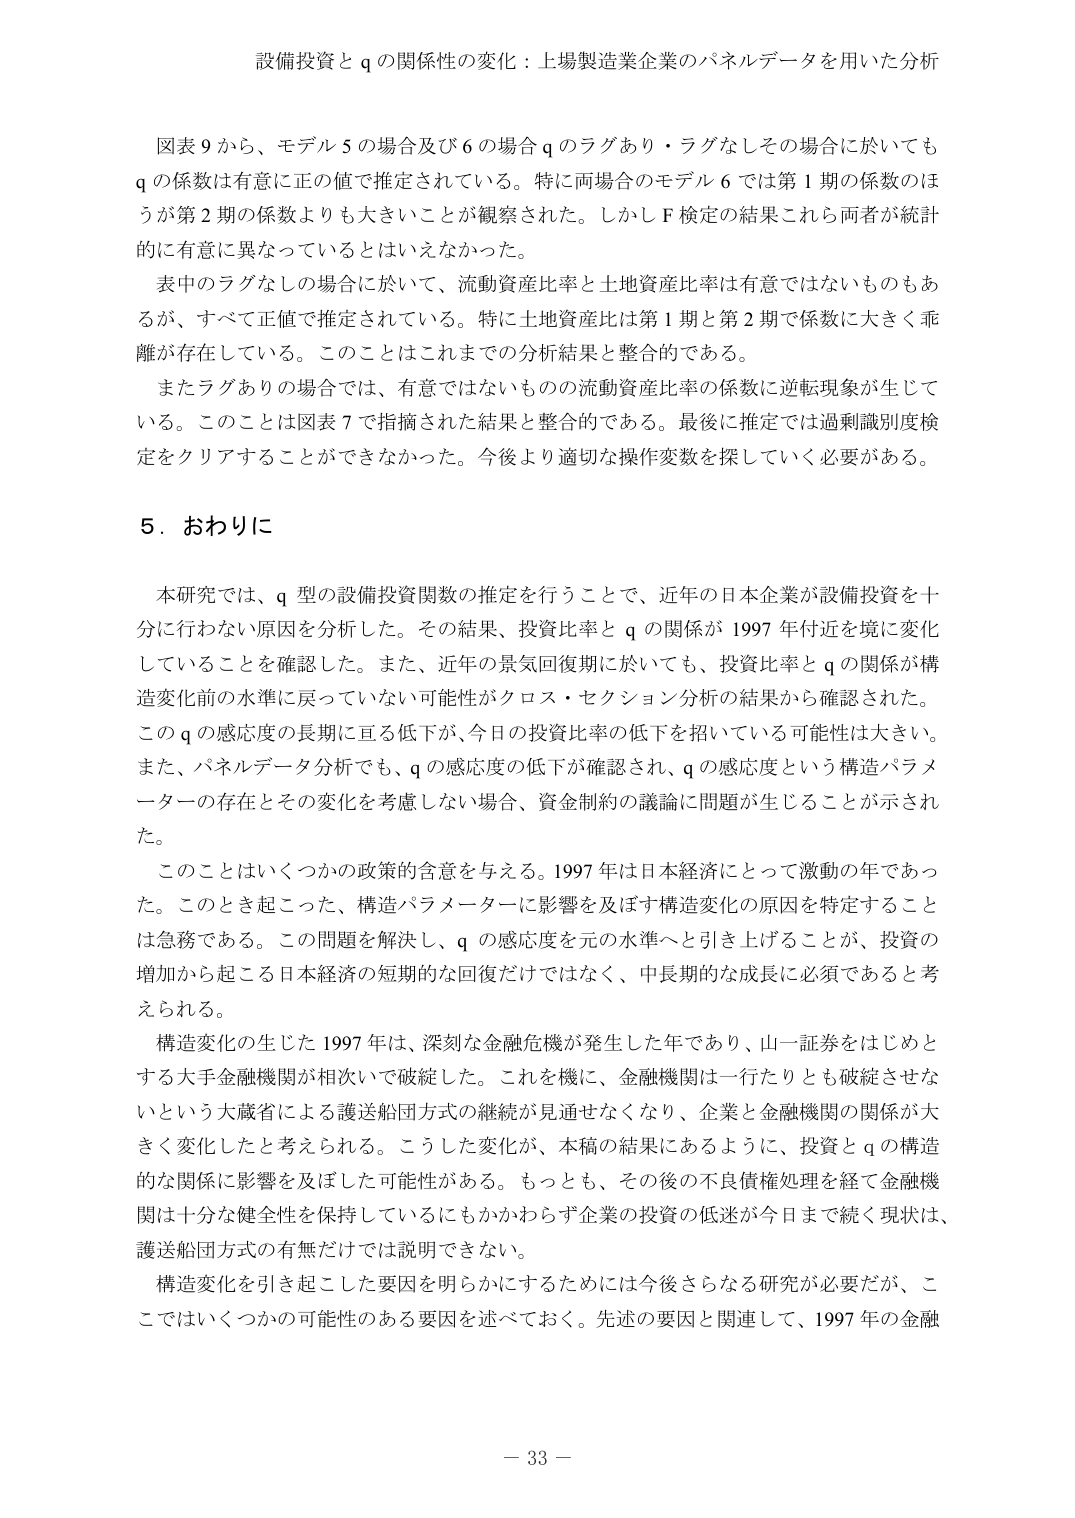
設備投資と q の関係性の変化：上場製造業企業のパネルデータを用いた分析

図表 9 から、モデル 5 の場合及び 6 の場合 q のラグあり・ラグなしその場合に於いても q の係数は有意に正の値で推定されている。特に両場合のモデル 6 では第 1 期の係数のほうが第 2 期の係数よりも大きいことが観察された。しかし F 検定の結果これら両者が統計的に有意に異なっているとはいえなかった。

表中のラグなしの場合に於いて、流動資産比率と土地資産比率は有意ではないものもあるが、すべて正値で推定されている。特に土地資産比は第 1 期と第 2 期で係数に大きく乖離が存在している。このことはこれまでの分析結果と整合的である。

またラグありの場合では、有意ではないものの流動資産比率の係数に逆転現象が生じている。このことは図表 7 で指摘された結果と整合的である。最後に推定では過剰識別度検定をクリアすることができなかった。今後より適切な操作変数を探していく必要がある。

5．おわりに

本研究では、q 型の設備投資関数の推定を行うことで、近年の日本企業が設備投資を十分に行わない原因を分析した。その結果、投資比率と q の関係が 1997 年付近を境に変化していることを確認した。また、近年の景気回復期に於いても、投資比率と q の関係が構造変化前の水準に戻っていない可能性がクロス・セクション分析の結果から確認された。この q の感応度の長期に亘る低下が、今日の投資比率の低下を招いている可能性は大きい。また、パネルデータ分析でも、q の感応度の低下が確認され、q の感応度という構造パラメーターの存在とその変化を考慮しない場合、資金制約の議論に問題が生じることが示された。

このことはいくつかの政策的含意を与える。1997 年は日本経済にとって激動の年であった。このとき起こった、構造パラメーターに影響を及ぼす構造変化の原因を特定することは急務である。この問題を解決し、q の感応度を元の水準へと引き上げることが、投資の増加から起こる日本経済の短期的な回復だけではなく、中長期的な成長に必須であると考えられる。

構造変化の生じた 1997 年は、深刻な金融危機が発生した年であり、山一証券をはじめとする大手金融機関が相次いで破綻した。これを機に、金融機関は一行たりとも破綻させないという大蔵省による護送船団方式の継続が見通せなくなり、企業と金融機関の関係が大きく変化したと考えられる。こうした変化が、本稿の結果にあるように、投資と q の構造的な関係に影響を及ぼした可能性がある。もっとも、その後の不良債権処理を経て金融機関は十分な健全性を保持しているにもかかわらず企業の投資の低迷が今日まで続く現状は、護送船団方式の有無だけでは説明できない。

構造変化を引き起こした要因を明らかにするためには今後さらなる研究が必要だが、ここではいくつかの可能性のある要因を述べておく。先述の要因と関連して、1997 年の金融

－ 33 －